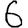
Digit: 6